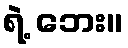
ရဲ့ ဘေး။